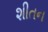
શીતન